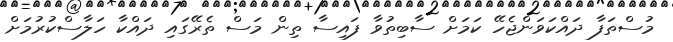
މުސްތަފާ ދައްކަވަންޖެހޭ ކަމަށް ސާބިތުވާ ފައިސާ ތިން މަސް ތެރޭގައި ދައްކާ ހަލާސްކުރުމަށް